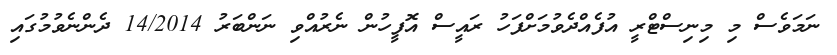
ނަމަވެސް މި މިނިސްޓްރީ އުފެއްދެވުމަށްފަހު ރައީސް އޮފީހުން ނެރުއްވި ނަންބަރު 14/2014 ދެންނެވުމުގައި